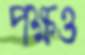
পক্ষও